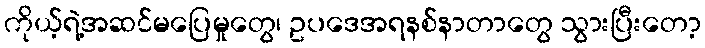
ကိုယ့်ရဲ့အဆင်မပြေမှုတွေ၊ ဥပဒေအရနစ်နာတာတွေ သွားပြီးတော့